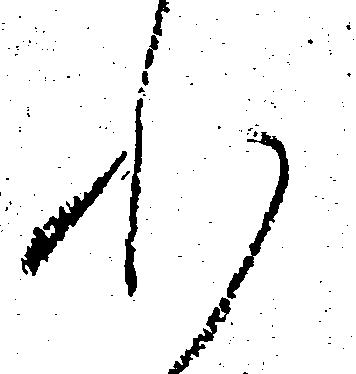
れ